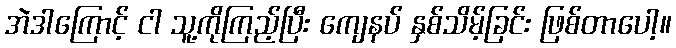
အဲဒါကြောင့် ငါ သူ့ကိုကြည့်ပြီး ကျေနပ် နှစ်သိမ့်ခြင်း ဖြစ်တာပေါ့။